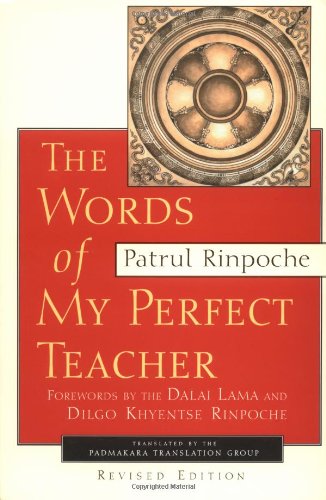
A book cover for The Words of My Perfect Teacher, Revised Edition (Sacred Literature Series); Patrul Rinpoche; Religion & Spirituality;